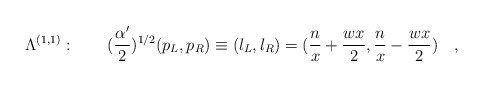
\begin{align*}\Lambda^{(1,1)} : \quad\quad ({{\alpha^{\prime}}\over{2}})^{1/2}(p_L , p_R) \equiv (l_L , l_R) = ( {{n}\over{x}} + {{wx}\over{2}} , {{n}\over{x}} - {{wx}\over{2}} ) \quad , \end{align*}